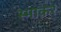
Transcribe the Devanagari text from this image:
स्‍माकर